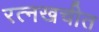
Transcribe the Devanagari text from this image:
रत्नखचीत